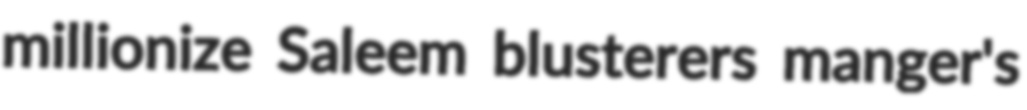
millionize Saleem blusterers manger's